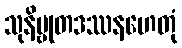
သုနိဗ္ဗုတဒဿနဟေတုံ